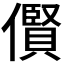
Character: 𠍦